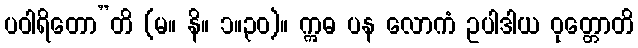
ပဝါရိတော”တိ (မ။ နိ။ ၁။၃၀)။ ဣဓ ပန လောကံ ဥပါဒါယ ဝုတ္တောတိ